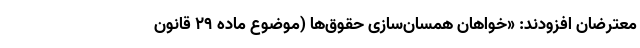
معترضان افزودند: «خواهان همسان‌سازی حقوق‌ها (موضوع ماده ۲۹ قانون